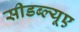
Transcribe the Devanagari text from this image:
सीडब्ल्यूए